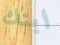
ابنك